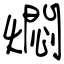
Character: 燜